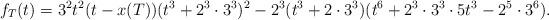
LaTeX: \begin{align*}f_{T}(t)=3^2t^2(t-x(T))(t^3+2^3\cdot3^3)^2-2^3(t^3+2\cdot3^3)(t^6+2^3\cdot3^3\cdot5t^3-2^5\cdot3^6).\end{align*}